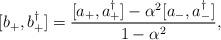
LaTeX: \begin{align*}[ b_+, b_+^\dagger ] = \frac{ [ a_+ , a_+^\dagger ] - \alpha^2 [ a_- , a_-^\dagger ]}{1 - \alpha^2} , \end{align*}